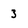
Character: 3